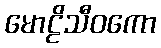
မောဠိသီဝကော